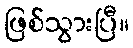
ဖြစ်သွားပြီ။